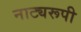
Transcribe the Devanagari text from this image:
नाट्यरूपी